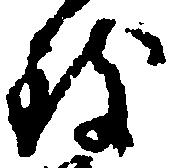
致